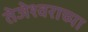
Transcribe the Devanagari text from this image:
तेजेश्वराच्या